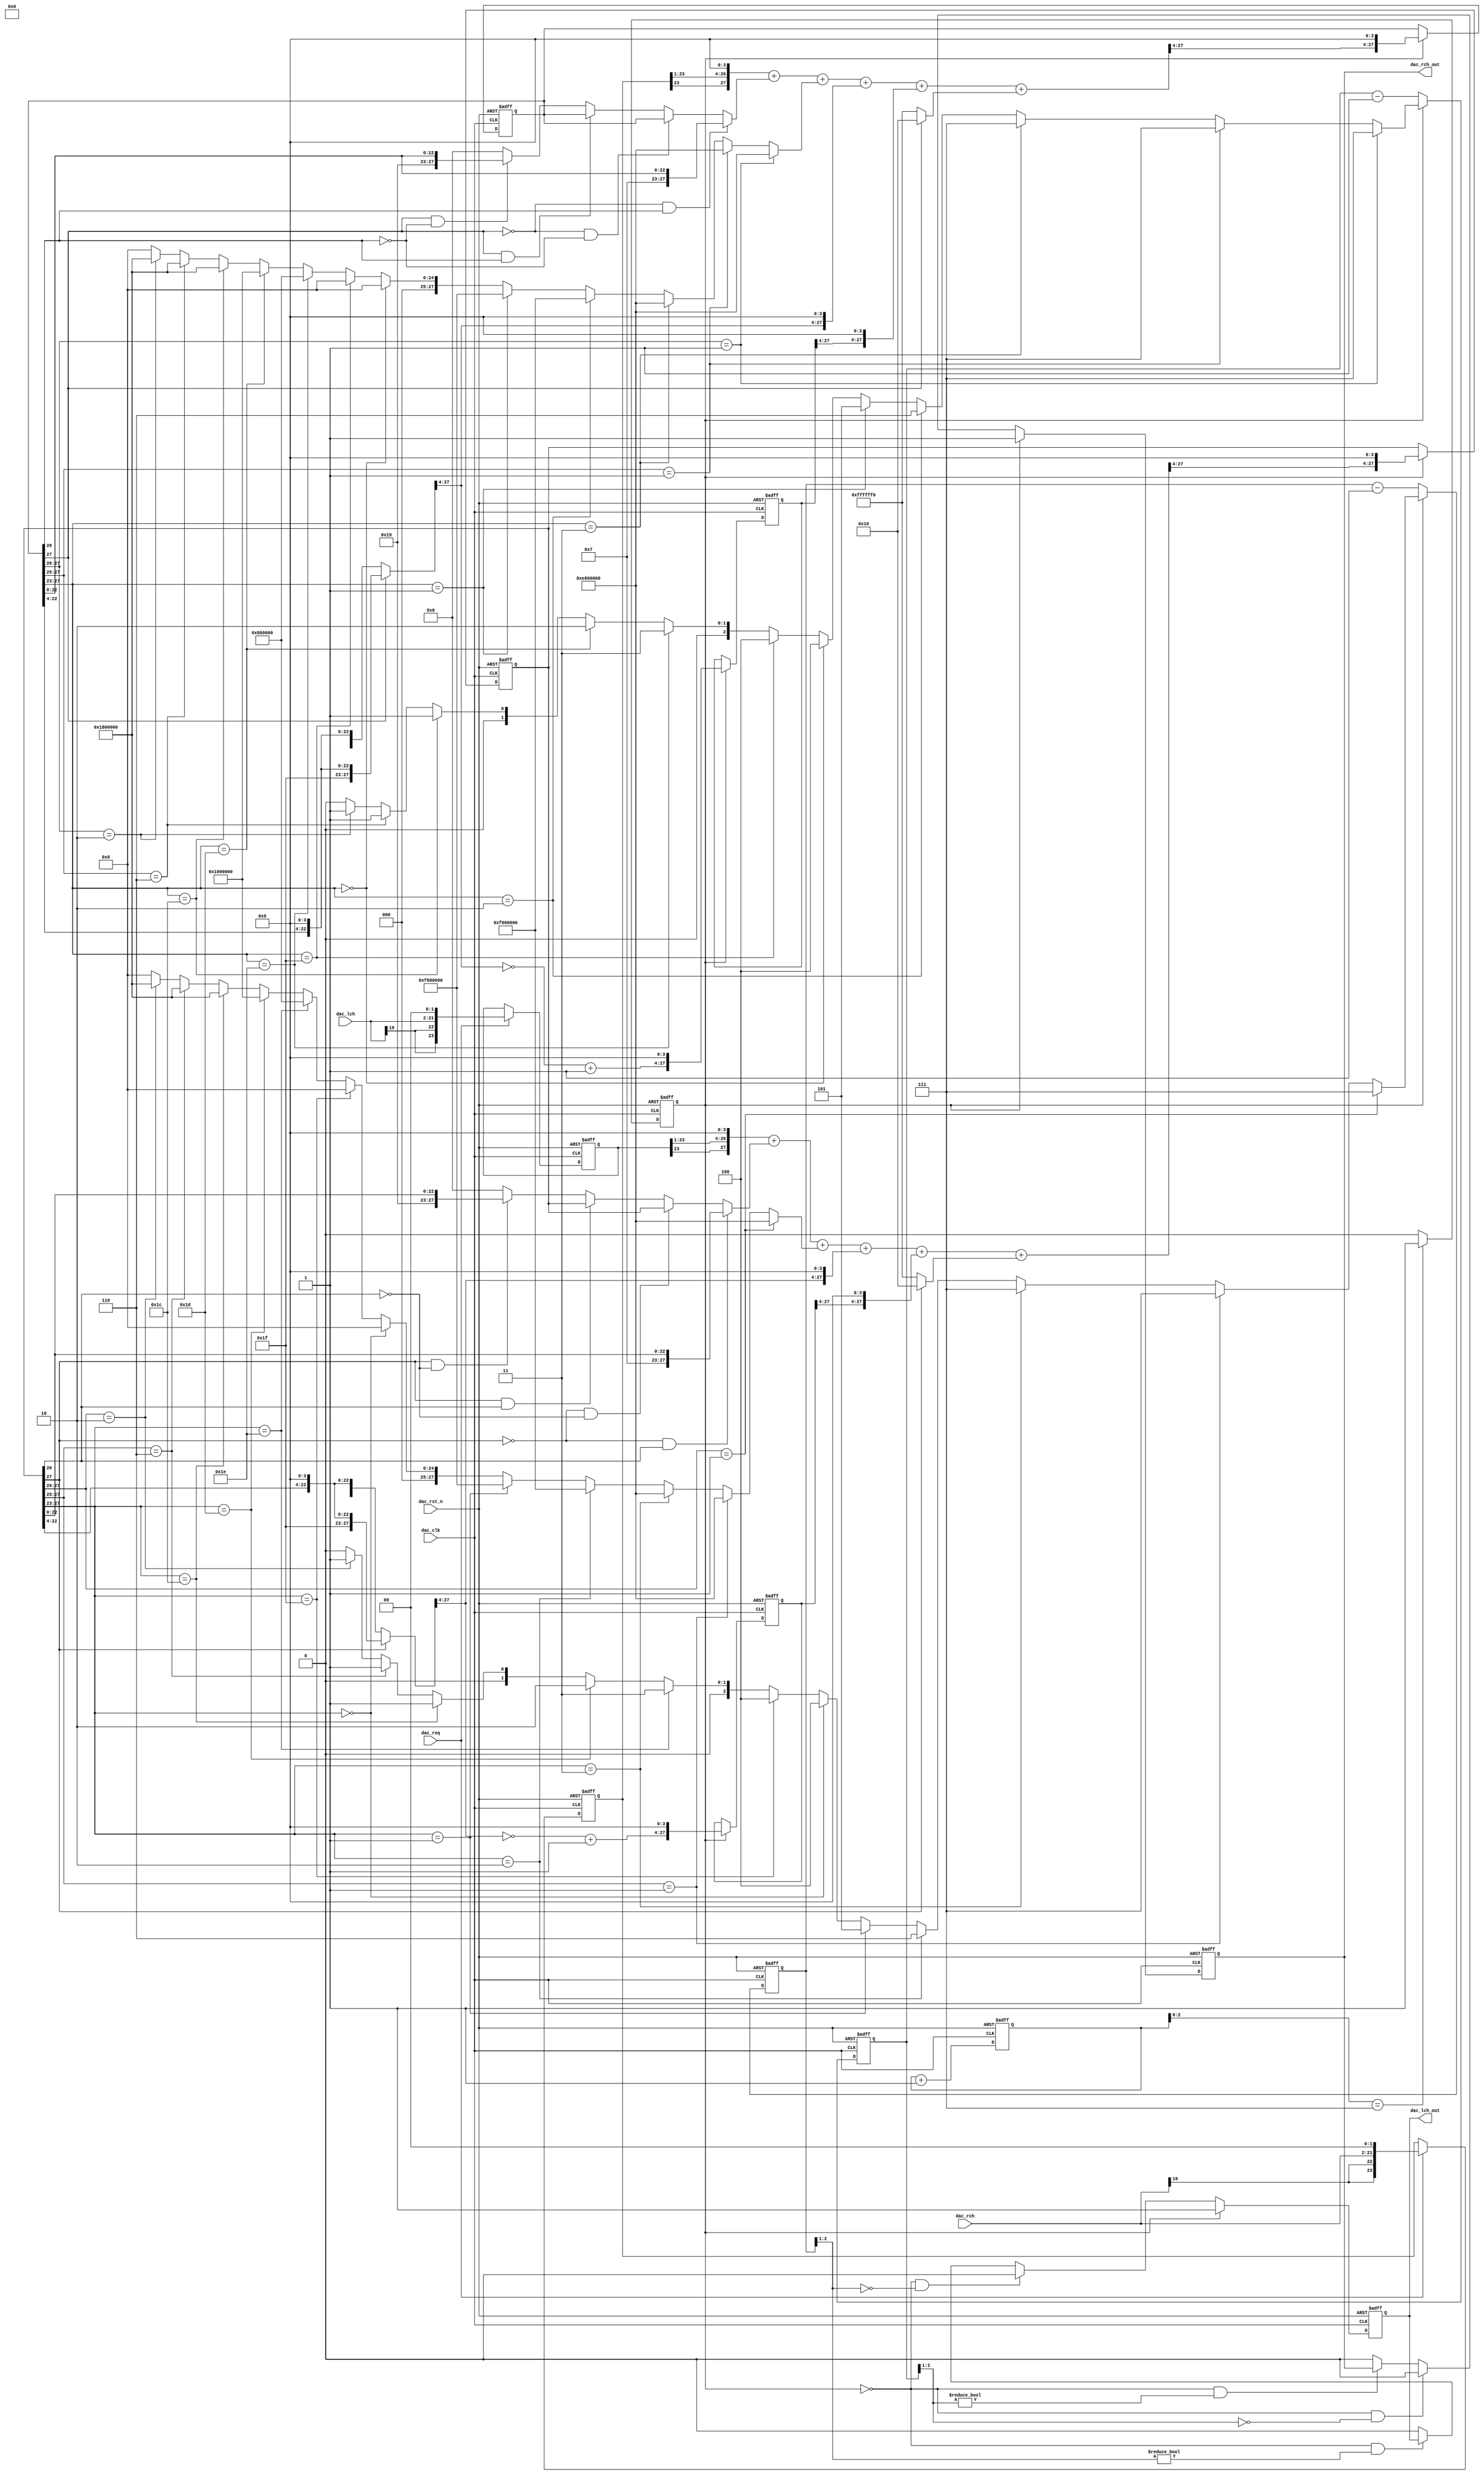
//------------------------------------------------------------------------------
//
//  dac9f.v : dac type9f module
//
//  LICENSE : "as-is"
//  Copyright (C) 2003-2008,2013 TakeshiNagashima nagashima@caramelgate@gmail.com
//------------------------------------------------------------------------------
//  2004/mar/25 release 0.0  : connection test
//
//------------------------------------------------------------------------------
//
//	da : pwm + delta-sigma trial 1.2
//

module dac9f(
	output			dac_lch_out,		// out   [DAC] dac left out
	output			dac_rch_out,		// out   [DAC] dac right out

	input	[19:0]	dac_lch,			// in    [DAC] [19:0] dac left data
	input	[19:0]	dac_rch,			// in    [DAC] [19:0] dac right data
	input			dac_req,			// in    [DAC] dac req

	input			dac_rst_n,			// in    [DAC] #reset
	input			dac_clk				// in    [DAC] clock (48KHz*512)
);

//--------------------------------------------------------------
//  constant


//--------------------------------------------------------------
//  signal

	// ---- ----

	wire	[23:0] dac_lch_w,dac_rch_w;
	reg		[23:0] dac_lch_r,dac_rch_r;
	wire	dac_req_w;
	reg		dac_req_r;

	// ---- da ----

	wire	da_rch_out_w,da_lch_out_w;
	reg		da_rch_out_r,da_lch_out_r;

//--------------------------------------------------------------
//  design

	// ---- connect ----

	assign dac_lch_out=da_lch_out_r;
	assign dac_rch_out=da_rch_out_r;

	// ---- ----

	always @(posedge dac_clk or negedge dac_rst_n)
	begin
		if (dac_rst_n==1'b0)
			begin
				dac_lch_r[23:0] <= 24'h000000;
				dac_rch_r[23:0] <= 24'h000000;
				dac_req_r <= 1'b0;
			end
		else
			begin
				dac_lch_r[23:0] <= dac_lch_w[23:0];
				dac_rch_r[23:0] <= dac_rch_w[23:0];
				dac_req_r <= dac_req_w;
			end
	end

	wire	[23:0] dac_lch_tmp,dac_rch_tmp;

	assign dac_lch_tmp[23:0]={dac_lch[19],dac_lch[19],dac_lch[19],dac_lch[19:0],1'b0};
	assign dac_rch_tmp[23:0]={dac_rch[19],dac_rch[19],dac_rch[19],dac_rch[19:0],1'b0};

//	assign dac_lch_w[23:0]=(dac_req==1'b1) ? {dac_lch_tmp[22:0],1'b0}+{dac_lch_tmp[23:0]} : dac_lch_r[23:0];
//	assign dac_rch_w[23:0]=(dac_req==1'b1) ? {dac_rch_tmp[22:0],1'b0}+{dac_rch_tmp[23:0]} : dac_rch_r[23:0];

	assign dac_lch_w[23:0]=(dac_req==1'b1) ? {dac_lch_tmp[22:0],1'b0} : dac_lch_r[23:0];
	assign dac_rch_w[23:0]=(dac_req==1'b1) ? {dac_rch_tmp[22:0],1'b0} : dac_rch_r[23:0];

	assign dac_req_w=dac_req;

	// ---- da ----

	wire	[2:0] da_lch_pwm_w,da_rch_pwm_w;
	reg		[2:0] da_lch_pwm_r,da_rch_pwm_r;

	wire	[27:0] da_lch_work0_w,da_rch_work0_w;
	wire	[27:0] da_lch_work1_w,da_rch_work1_w;
	reg		[27:0] da_lch_work0_r,da_rch_work0_r;
	reg		[27:0] da_lch_work1_r,da_rch_work1_r;

	wire	[3:0] da_count_w;
	reg		[3:0] da_count_r;

	wire	[1:0] da_req_w;
	reg		[1:0] da_req_r;

	always @(posedge dac_clk or negedge dac_rst_n)
	begin
		if (dac_rst_n==1'b0)
			begin
				da_lch_out_r <= 1'b0;
				da_rch_out_r <= 1'b0;

				da_lch_pwm_r[2:0] <= 3'b000;
				da_rch_pwm_r[2:0] <= 3'b000;

				da_count_r[3:0] <= 4'h0;

				da_req_r[1:0] <= 2'b00;

				da_lch_work0_r[27:0] <= 28'h0000000;
				da_rch_work0_r[27:0] <= 28'h0000000;
				da_lch_work1_r[27:0] <= 28'h0000000;
				da_rch_work1_r[27:0] <= 28'h0000000;
			end
		else
			begin
				da_lch_out_r <= da_lch_out_w;
				da_rch_out_r <= da_rch_out_w;

				da_lch_pwm_r[2:0] <= da_lch_pwm_w[2:0];
				da_rch_pwm_r[2:0] <= da_rch_pwm_w[2:0];

				da_count_r[3:0] <= da_count_w[3:0];

				da_req_r[1:0] <= da_req_w[1:0];

				da_lch_work0_r[27:0] <= da_lch_work0_w[27:0];
				da_rch_work0_r[27:0] <= da_rch_work0_w[27:0];
				da_lch_work1_r[27:0] <= da_lch_work1_w[27:0];
				da_rch_work1_r[27:0] <= da_rch_work1_w[27:0];
			end
	end

	wire	[3:0] da_lch_pwm_tmp,da_rch_pwm_tmp;

	assign da_lch_out_w=
			(da_req_r[0]==1'b1) ? 1'b1 :
			(da_req_r[0]==1'b0) & (da_lch_pwm_r[2:1]==2'b00) ? 1'b0 :
			(da_req_r[0]==1'b0) & (da_lch_pwm_r[2:1]!=2'b00) ? da_lch_out_r :
			1'b0;
	assign da_rch_out_w=
			(da_req_r[0]==1'b1) ? 1'b1 :
			(da_req_r[0]==1'b0) & (da_rch_pwm_r[2:1]==2'b00) ? 1'b0 :
			(da_req_r[0]==1'b0) & (da_rch_pwm_r[2:1]!=2'b00) ? da_rch_out_r :
			1'b0;

	assign da_lch_pwm_tmp[3:0]=
			(da_lch_work0_r[27:26]==2'b01)    ? 4'b0111 :
			(da_lch_work0_r[27:25]==3'b001)   ? 4'b0111 :
			(da_lch_work0_r[27:23]==5'b00011) ? 4'b0111 :
			(da_lch_work0_r[27:23]==5'b00010) ? 4'b0110 :
			(da_lch_work0_r[27:23]==5'b00001) ? 4'b0101 :
			(da_lch_work0_r[27:23]==5'b00000) ? 4'b0100 :
			(da_lch_work0_r[27:23]==5'b11111) ? 4'b0100 :
			(da_lch_work0_r[27:23]==5'b11110) ? 4'b0011 :
			(da_lch_work0_r[27:23]==5'b11101) ? 4'b0010 :
			(da_lch_work0_r[27:23]==5'b11100) ? 4'b0001 :
			(da_lch_work0_r[27:25]==3'b110)   ? 4'b0001 :
			(da_lch_work0_r[27:26]==2'b10)    ? 4'b0001 :
			4'b0000;

	assign da_rch_pwm_tmp[3:0]=
			(da_rch_work0_r[27:26]==2'b01)    ? 4'b0111 :
			(da_rch_work0_r[27:25]==3'b001)   ? 4'b0111 :
			(da_rch_work0_r[27:23]==5'b00011) ? 4'b0111 :
			(da_rch_work0_r[27:23]==5'b00010) ? 4'b0110 :
			(da_rch_work0_r[27:23]==5'b00001) ? 4'b0101 :
			(da_rch_work0_r[27:23]==5'b00000) ? 4'b0100 :
			(da_rch_work0_r[27:23]==5'b11111) ? 4'b0100 :
			(da_rch_work0_r[27:23]==5'b11110) ? 4'b0011 :
			(da_rch_work0_r[27:23]==5'b11101) ? 4'b0010 :
			(da_rch_work0_r[27:23]==5'b11100) ? 4'b0001 :
			(da_rch_work0_r[27:25]==3'b110)   ? 4'b0001 :
			(da_rch_work0_r[27:26]==2'b10)    ? 4'b0001 :
			4'b0000;

	assign da_lch_pwm_w[2:0]=(da_req_r[0]==1'b1) ? da_lch_pwm_tmp[2:0] : da_lch_pwm_r[2:0]-3'b001;
	assign da_rch_pwm_w[2:0]=(da_req_r[0]==1'b1) ? da_rch_pwm_tmp[2:0] : da_rch_pwm_r[2:0]-3'b001;

	assign da_count_w[3:0]=da_count_r[3:0]+4'h1;

	assign da_req_w[0]=(da_count_r[2:0]==3'b111) ? 1'b1 : 1'b0;
	assign da_req_w[1]=da_req_r[0];

	wire	[27:0] da_lch_work0_tmp,da_rch_work0_tmp;

	wire	[27:0] da_lch_work0_add0,da_rch_work0_add0;
	wire	[27:0] da_lch_work0_add1,da_rch_work0_add1;
	wire	[27:0] da_lch_work0_add2,da_rch_work0_add2;
	wire	[27:0] da_lch_work0_add3,da_rch_work0_add3;
	wire	[27:0] da_lch_work0_add4,da_rch_work0_add4;
	wire	[27:0] da_lch_work0_add5,da_rch_work0_add5;

	assign da_lch_work0_add0[27:0]={dac_lch_r[23],dac_lch_r[23:1],4'h0};
	assign da_rch_work0_add0[27:0]={dac_rch_r[23],dac_rch_r[23:1],4'h0};

	assign da_lch_work0_add1[27:0]=
			(da_lch_work0_r[27]==1'b0) & (da_lch_work0_r[26]==1'b1) ? {5'b00111,da_lch_work0_r[22:0]} :
			(da_lch_work0_r[27]==1'b0) & (da_lch_work0_r[26]==1'b0) ? da_lch_work0_r[27:0] :
			(da_lch_work0_r[27]==1'b1) & (da_lch_work0_r[26]==1'b1) ? da_lch_work0_r[27:0] :
			(da_lch_work0_r[27]==1'b1) & (da_lch_work0_r[26]==1'b0) ? {5'b11001,da_lch_work0_r[22:0]} :
			28'h0000000;
	assign da_rch_work0_add1[27:0]=
			(da_rch_work0_r[27]==1'b0) & (da_rch_work0_r[26]==1'b1) ? {5'b00111,da_rch_work0_r[22:0]} :
			(da_rch_work0_r[27]==1'b0) & (da_rch_work0_r[26]==1'b0) ? da_rch_work0_r[27:0] :
			(da_rch_work0_r[27]==1'b1) & (da_rch_work0_r[26]==1'b1) ? da_rch_work0_r[27:0] :
			(da_rch_work0_r[27]==1'b1) & (da_rch_work0_r[26]==1'b0) ? {5'b11001,da_rch_work0_r[22:0]} :
			28'h0000000;

	assign da_lch_work0_add2[27:0]=
			(da_lch_work0_r[27:26]==2'b01)    ? 28'he800000 :
			(da_lch_work0_r[27:25]==3'b001)   ? 28'he800000 :
			(da_lch_work0_r[27:23]==5'b00011) ? 28'he800000 :
			(da_lch_work0_r[27:23]==5'b00010) ? 28'hf000000 :
			(da_lch_work0_r[27:23]==5'b00001) ? 28'hf800000 :
			(da_lch_work0_r[27:23]==5'b00000) ? 28'h0000000 :
			(da_lch_work0_r[27:23]==5'b11111) ? 28'h0000000 :
			(da_lch_work0_r[27:23]==5'b11110) ? 28'h0800000 :
			(da_lch_work0_r[27:23]==5'b11101) ? 28'h1000000 :
			(da_lch_work0_r[27:23]==5'b11100) ? 28'h1800000 :
			(da_lch_work0_r[27:25]==3'b110)   ? 28'h1800000 :
			(da_lch_work0_r[27:26]==2'b10)    ? 28'h1800000 :
			28'h0000000;

	assign da_rch_work0_add2[27:0]=
			(da_rch_work0_r[27:26]==2'b01)    ? 28'he800000 :
			(da_rch_work0_r[27:25]==3'b001)   ? 28'he800000 :
			(da_rch_work0_r[27:23]==5'b00011) ? 28'he800000 :
			(da_rch_work0_r[27:23]==5'b00010) ? 28'hf000000 :
			(da_rch_work0_r[27:23]==5'b00001) ? 28'hf800000 :
			(da_rch_work0_r[27:23]==5'b00000) ? 28'h0000000 :
			(da_rch_work0_r[27:23]==5'b11111) ? 28'h0000000 :
			(da_rch_work0_r[27:23]==5'b11110) ? 28'h0800000 :
			(da_rch_work0_r[27:23]==5'b11101) ? 28'h1000000 :
			(da_rch_work0_r[27:23]==5'b11100) ? 28'h1800000 :
			(da_rch_work0_r[27:25]==3'b110)   ? 28'h1800000 :
			(da_rch_work0_r[27:26]==2'b10)    ? 28'h1800000 :
			28'h0000000;

	wire	[27:0] da_lch_work1_tmp,da_rch_work1_tmp;
	wire	[27:0] da_lch_work2_tmp,da_rch_work2_tmp;

	assign da_lch_work1_tmp[27:0]=
			(da_lch_work0_r[27]==1'b0) ? {5'b00000,da_lch_work0_r[22:4],4'h0} :
			(da_lch_work0_r[27]==1'b1) ? {5'b11111,da_lch_work0_r[22:4],4'h0} :
			28'h0000000;

	assign da_rch_work1_tmp[27:0]=
			(da_rch_work0_r[27]==1'b0) ? {5'b00000,da_rch_work0_r[22:4],4'h0} :
			(da_rch_work0_r[27]==1'b1) ? {5'b11111,da_rch_work0_r[22:4],4'h0} :
			28'h0000000;

	assign da_lch_work2_tmp[27:4]=~da_lch_work1_tmp[27:4]+24'h00001;
	assign da_lch_work2_tmp[3:0]=4'h0;

	assign da_rch_work2_tmp[27:4]=~da_rch_work1_tmp[27:4]+24'h00001;
	assign da_rch_work2_tmp[3:0]=4'h0;

	assign da_lch_work0_add3[27:0]={da_lch_work1_tmp[27:4],4'h0};
	assign da_rch_work0_add3[27:0]={da_rch_work1_tmp[27:4],4'h0};

	assign da_lch_work0_add4[27:0]={da_lch_work1_r[27:4],4'h0};
	assign da_rch_work0_add4[27:0]={da_rch_work1_r[27:4],4'h0};

	assign da_lch_work0_add5[27:0]=(da_lch_work0_r[27]==1'b1) ? 28'h0000010 : 28'hffffff0;
	assign da_rch_work0_add5[27:0]=(da_rch_work0_r[27]==1'b1) ? 28'h0000010 : 28'hffffff0;

	assign da_lch_work0_tmp[27:0]=da_lch_work0_add0[27:0]+da_lch_work0_add1[27:0]+da_lch_work0_add2[27:0]+da_lch_work0_add3[27:0]+da_lch_work0_add4[27:0]+da_lch_work0_add5[27:0];
	assign da_rch_work0_tmp[27:0]=da_rch_work0_add0[27:0]+da_rch_work0_add1[27:0]+da_rch_work0_add2[27:0]+da_rch_work0_add3[27:0]+da_rch_work0_add4[27:0]+da_rch_work0_add5[27:0];

	assign da_lch_work0_w[27:0]=(da_req_r[0]==1'b1) ? {da_lch_work0_tmp[27:4],4'h0} : da_lch_work0_r[27:0];
	assign da_rch_work0_w[27:0]=(da_req_r[0]==1'b1) ? {da_rch_work0_tmp[27:4],4'h0} : da_rch_work0_r[27:0];

	assign da_lch_work1_w[27:0]=(da_req_r[0]==1'b1) ? {da_lch_work2_tmp[27:4],4'h0} : da_lch_work1_r[27:0];
	assign da_rch_work1_w[27:0]=(da_req_r[0]==1'b1) ? {da_rch_work2_tmp[27:4],4'h0} : da_rch_work1_r[27:0];

endmodule